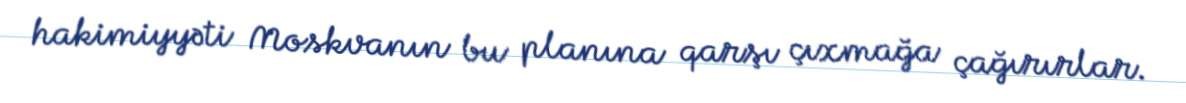
hakimiyyəti Moskvanın bu planına qarşı çıxmağa çağırırlar.